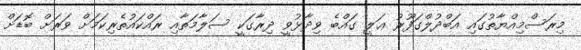
މިރަސްމިއްޔާތުގައި އަބްދުލްގަފޫރު ޢަލީ ގައްބެ ވިދާޅުވީ ދިރާގަކީ ސަލާމަތާއި ރައްކައުތެރިކަމަށް ވަރަށް ބޮޑަށް